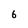
Character: 6